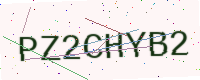
Text: PZ2CHYB2